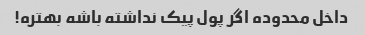
داخل محدوده اگر پول پیک نداشته باشه بهتره!